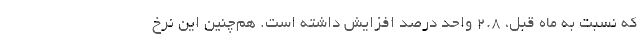
که نسبت به ماه قبل، ۲.۸ واحد درصد افزایش داشته است. هم‌چنین این نرخ